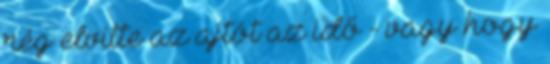
rég elvitte az ajtót az idő - vagy hogy